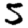
Digit: 5